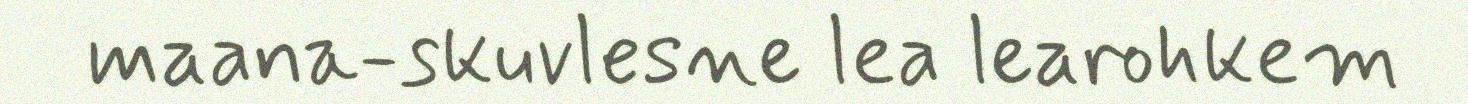
maana-skuvlesne lea learohkem